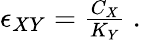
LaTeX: \begin{array}{r}{\epsilon_{XY}=\frac{C_{X}}{K_{Y}}~.}\end{array}